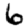
Digit: 6